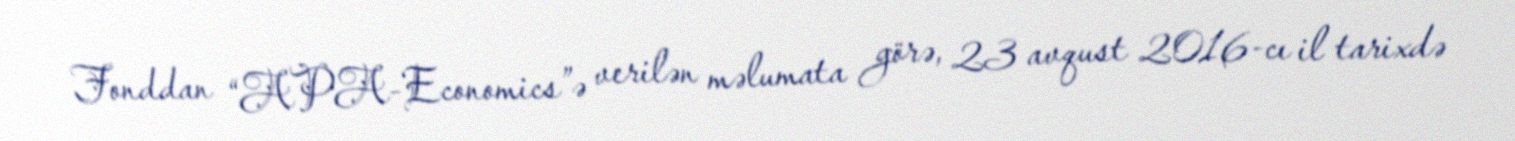
Fonddan “APA-Economics”ə verilən məlumata görə, 23 avqust 2016-cı il tarixdə